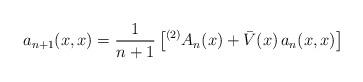
LaTeX: \begin{align*}a_{n+1}(x,x)=\frac{1}{n+1} \left[ {^{(2)} A}_n(x)+\bar{V}(x)\, a_n(x,x) \right]\end{align*}